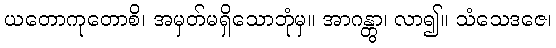
ယတောကုတောစိ၊ အမှတ်မရှိသောဘုံမှ။ အာဂန္တွာ၊ လာ၍။ သံသေဒဇေ၊